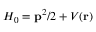
H _ { 0 } = { \mathbf { { p } } ^ { 2 } } / { 2 } + V ( \mathbf { r } )